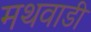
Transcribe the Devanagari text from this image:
मथवाडी